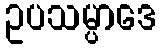
ဥပသမ္ပာဒေ